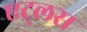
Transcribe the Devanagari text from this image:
एट्लस